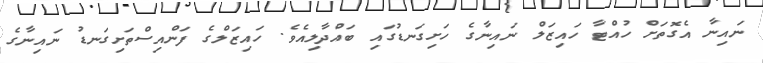
ނައިނާ އެގޮތަށް ހުއްޓާ ހައިޒަލް ނައިނާގެ ހަށިގަނޑުގައި ބައްދާލިއެވެ. ހައިޒަލްގެ ފަންއިސްތަށިގަނޑު ނައިނާގެ